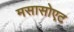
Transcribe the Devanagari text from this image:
मसासोएट